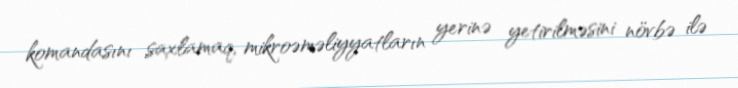
komandasını saxlamaq, mikroəməliyyatların yerinə yetirilməsini növbə ilə